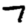
Digit: 7